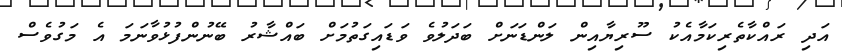
އަދި ރައްކާތެރިކަމާއެކު ސޫރިޔާއިން ލަންޑަނަށް ބަދަލުވެ ވަޑައިގަތުމަށް ބައްޝާރު ބޭނުންފުޅުވާނަމަ އެ މަގުވެސް